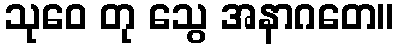
သုဝေ တု သွေ အနာဂတေ။